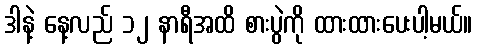
ဒါနဲ့ နေ့လည် ၁၂ နာရီအထိ စားပွဲကို ထားထားပေးပါ့မယ်။